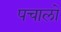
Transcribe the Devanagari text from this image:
पचालो